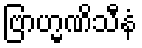
ဗြာဟ္မဏိသီနံ